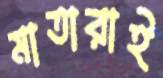
মাতারাই